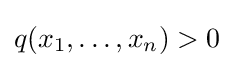
q(x_{1},\ldots ,x_{n})>0